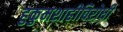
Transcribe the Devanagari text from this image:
हुकुमशाहीविरोधी